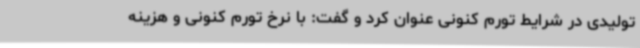
تولیدی در شرایط تورم کنونی عنوان کرد و گفت: با نرخ تورم کنونی و هزینه